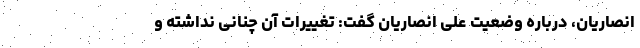
انصاریان، درباره وضعیت علی انصاریان گفت: تغییرات آن چنانی نداشته و